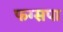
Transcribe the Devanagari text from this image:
फग्सपा